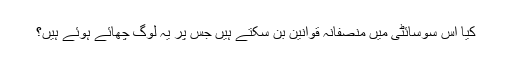
کیا اس سوسائٹی میں منصفانہ قوانین بن سکتے ہیں جس پر یہ لوگ چھائے ہوئے ہیں؟